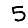
Digit: 5